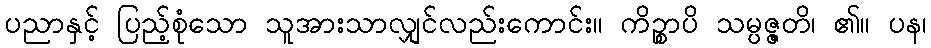
ပညာနှင့် ပြည့်စုံသော သူအားသာလျှင်လည်းကောင်း။ ကိဉ္စာပိ သမ္ပဇ္ဇတိ၊ ၏။ ပန၊